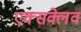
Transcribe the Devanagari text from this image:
एक्सक्लेव